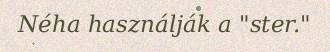
Néha használják a "ster."